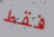
فقط